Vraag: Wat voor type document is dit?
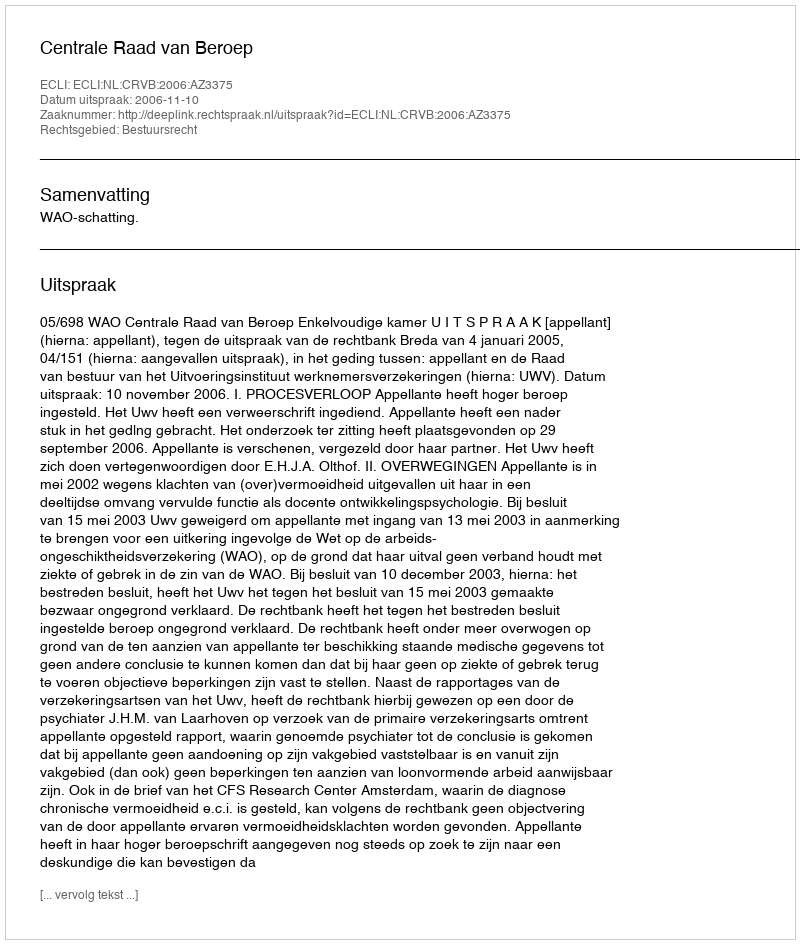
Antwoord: Uitspraak